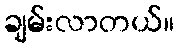
ချမ်းလာတယ်။